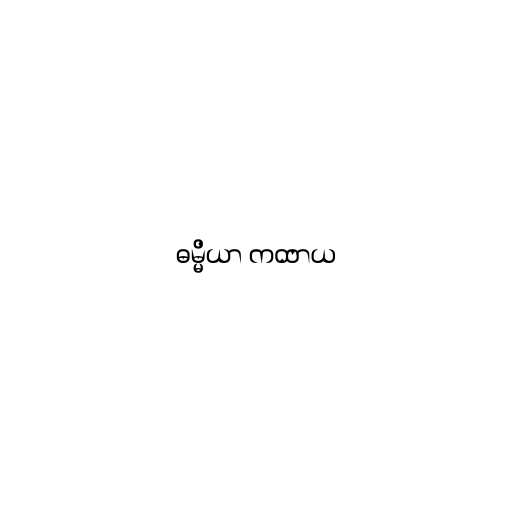
ဓမ္မိယာ ကထာယ